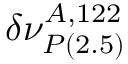
\delta \nu _ { P \mathrm { ( 2 . 5 ) } } ^ { A , 1 2 2 }